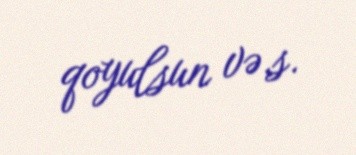
qoyulsun və.s.